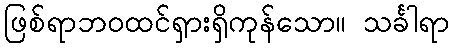
ဖြစ်ရာဘဝထင်ရှားရှိကုန်သော။ သင်္ခါရာ